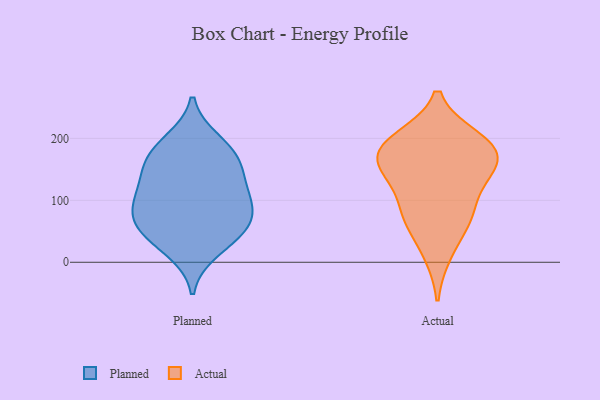
{"axis": {"x": "Net Income (USD K)", "y": "Value"}, "legend": ["Actual", "Planned"], "data": [{"x": "", "y": 84, "type": "Planned"}, {"x": "", "y": 151, "type": "Planned"}, {"x": "", "y": 99, "type": "Planned"}, {"x": "", "y": 62, "type": "Planned"}, {"x": "", "y": 151, "type": "Planned"}, {"x": "", "y": 53, "type": "Planned"}, {"x": "", "y": 185, "type": "Planned"}, {"x": "", "y": 109, "type": "Planned"}, {"x": "", "y": 114, "type": "Planned"}, {"x": "", "y": 196, "type": "Planned"}, {"x": "", "y": 166, "type": "Planned"}, {"x": "", "y": 19, "type": "Planned"}, {"x": "", "y": 39, "type": "Planned"}, {"x": "", "y": 68, "type": "Planned"}, {"x": "", "y": 195, "type": "Actual"}, {"x": "", "y": 155, "type": "Actual"}, {"x": "", "y": 76, "type": "Actual"}, {"x": "", "y": 167, "type": "Actual"}, {"x": "", "y": 75, "type": "Actual"}, {"x": "", "y": 179, "type": "Actual"}, {"x": "", "y": 15, "type": "Actual"}, {"x": "", "y": 76, "type": "Actual"}, {"x": "", "y": 139, "type": "Actual"}, {"x": "", "y": 137, "type": "Actual"}, {"x": "", "y": 188, "type": "Actual"}, {"x": "", "y": 199, "type": "Actual"}]}